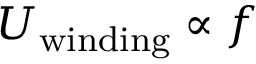
U _ { \mathrm { w i n d i n g } } \propto f